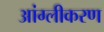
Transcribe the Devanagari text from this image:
आंग्लीकरण